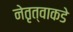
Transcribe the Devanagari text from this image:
नेतृत्वाकडे